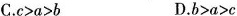
C.$$c > a > b$$ D.$$b > a > c$$